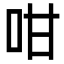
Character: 咁